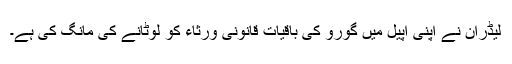
لیڈران نے اپنی اپیل میں گورو کی باقیات قانونی ورثاء کو لوٹانے کی مانگ کی ہے۔